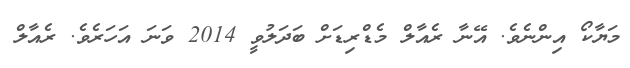
މަޔާކޯ އިންނެވެ. އޭނާ ރެއާލް މެޑްރިޑަށް ބަދަލުވީ 2014 ވަނަ އަހަރެވެ. ރެއާލް